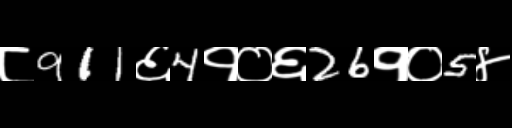
Text: ८911६4१०६26१०5४